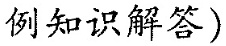
例知识解答)